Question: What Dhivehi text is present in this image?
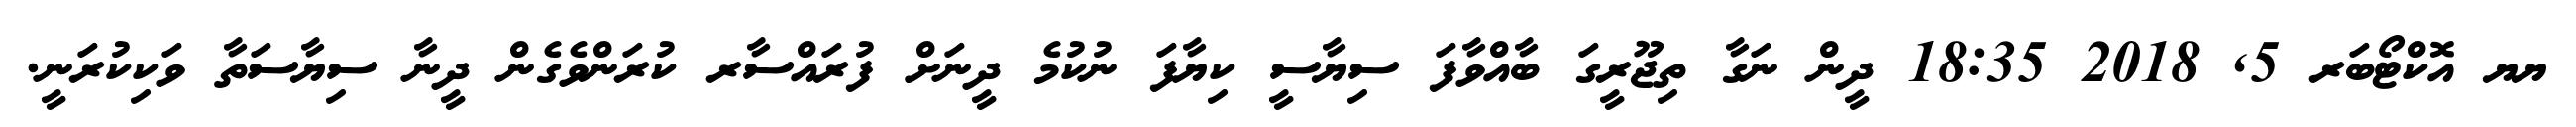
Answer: ޔޔ އޮކްޓޯބަރ 5, 2018 18:35 ދީން ނަގާ ތިޖޫރީގަ ބާއްވާފަ ސިޔާސީ ކިޔާފަ ނުކުމެ ދީނަށް ފުރައްސާރ ކުރަންވެގެން ދީނާ ސިޔާސަތާ ވަކިކުރަނީ.